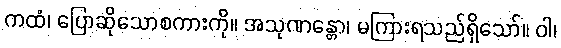
ကထံ၊ ပြောဆိုသောစကားကို။ အသုဏန္တော၊ မကြားရသည်ရှိသော်။ ဝါ၊